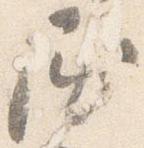
屈